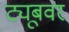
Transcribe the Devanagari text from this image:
ट्यूबवर